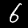
Digit: 6